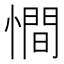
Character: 𢢀